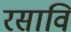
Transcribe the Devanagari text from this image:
रसावि